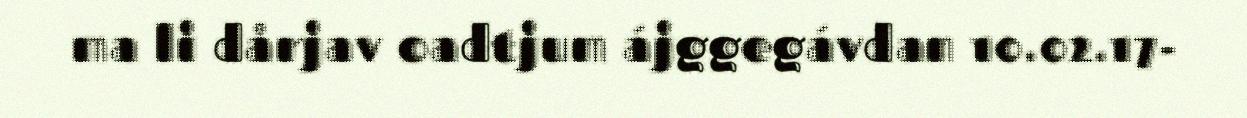
ma li dårjav oadtjum ájggegávdan 10.02.17-